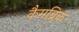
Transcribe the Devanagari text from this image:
कैमब्रिक